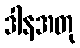
ဒါနအတု